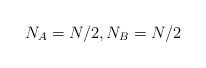
LaTeX: \begin{align*}N_A=N/2,N_B=N/2\end{align*}